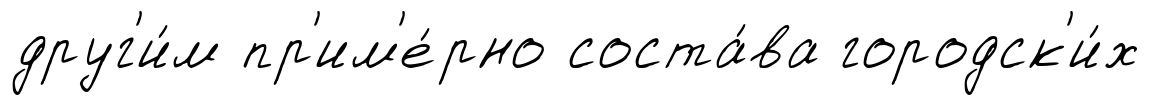
друг'и́м пр'им'е́рно соста́ва городск'и́х